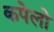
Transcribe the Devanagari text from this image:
कपेलो